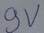
Text: 9V